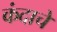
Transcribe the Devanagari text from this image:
कंदाचे